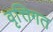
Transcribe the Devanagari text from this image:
वृत्तिगत